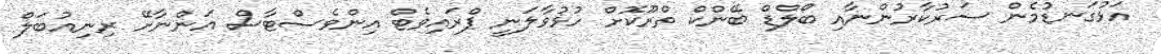
އަޅުގަނޑުމެން ސަރުކާރުންނާއި ބޯލްޑް ބޭންކް ތްރޫކޮށް ހުޅުވާލަނީ ޕްރައިވެޓް އިންވެސްޓާސް އަންނާށޭ ރިނިއުބަލް